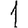
Digit: 1